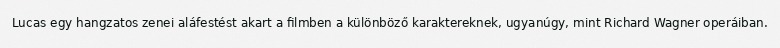
Lucas egy hangzatos zenei aláfestést akart a filmben a különböző karaktereknek, ugyanúgy, mint Richard Wagner operáiban.